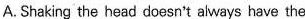
A. Shaking the head doesn't always have the